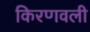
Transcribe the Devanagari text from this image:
किरणवली